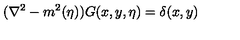
( { \nabla } ^ { 2 } - m ^ { 2 } ( \eta ) ) G ( x , y , \eta ) = \delta ( x , y )